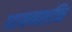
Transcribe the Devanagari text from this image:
धावनशक्ति